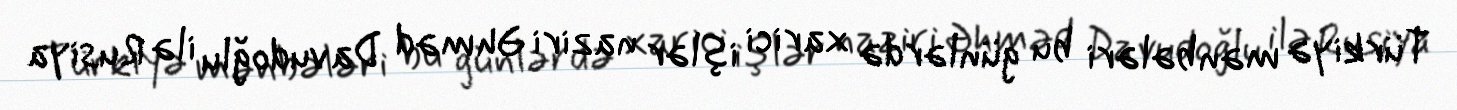
Türkiyə mənbələri bu günlərdə xarici işlər naziri Əhməd Davudoğlu ilə Rusiya